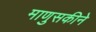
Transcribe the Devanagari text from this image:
माणुसकीने